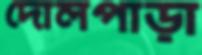
দোলপাড়া